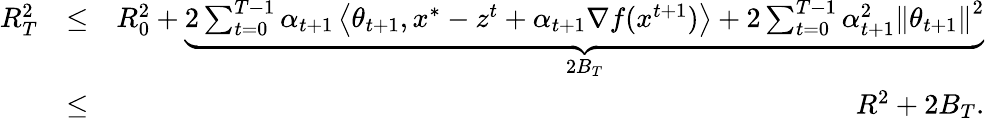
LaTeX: \begin{array}{rlr}{R_{T}^{2}}&{\leq}&{R_{0}^{2}+\underbrace{2\sum_{t=0}^{T-1}\alpha_{t+1}\left\langle\theta_{t+1},x^{*}-z^{t}+\alpha_{t+1}\nabla f(x^{t+1})\right\rangle+2\sum_{t=0}^{T-1}\alpha_{t+1}^{2}\left\| \theta_{t+1}\right\| ^{2}}_{2B_{T}}}\\ &{\leq}&{R^{2}+2B_{T}.}\end{array}